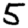
Digit: 5